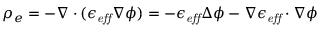
\rho _ { e } = - \nabla \cdot ( \epsilon _ { \it e f f } \nabla \phi ) = - \epsilon _ { \it e f f } \Delta \phi - \nabla \epsilon _ { \it e f f } \cdot \nabla \phi